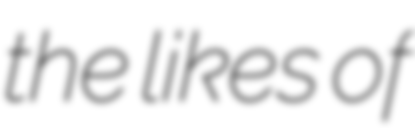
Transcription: the likes of